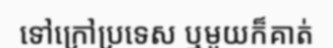
ទៅក្រៅប្រទេស ឬមួយក៏គាត់